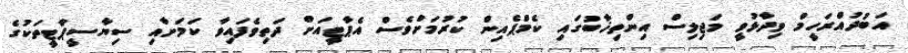
އަބުދުއްރަހީމް ވިދާޅުވީ މަޖިލިސް އިންތިޚާބުގައި ކެމްޕެއިން ކުރުމަށްވެސް އެޕާޓީއަށް ދަތިވެފައިވާ ކަމަށާއި ސިޔާސީޕާޓީތަކުގެ